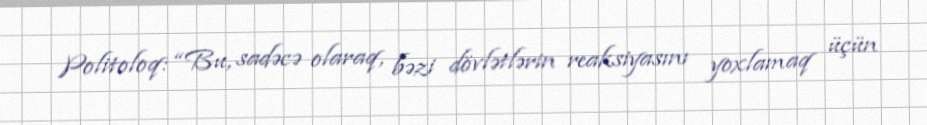
Politoloq: “Bu, sadəcə olaraq, bəzi dövlətlərin reaksiyasını yoxlamaq üçün